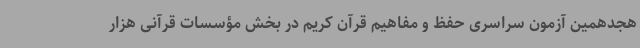
هجدهمین آزمون سراسری حفظ و مفاهیم قرآن کریم در بخش مؤسسات قرآنی هزار